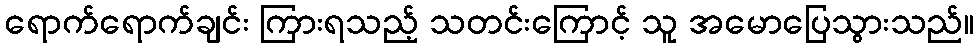
ရောက်ရောက်ချင်း ကြားရသည့် သတင်းကြောင့် သူ အမောပြေသွားသည်။